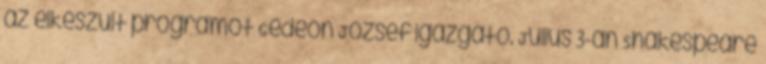
az elkészült programot Gedeon József igazgató. Július 3-án Shakespeare